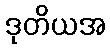
ဒုတိယအ